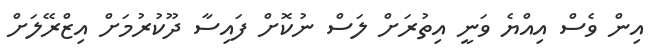
އިން ވެސް އިއްޔެ ވަނީ އިތުރަށް ލަސް ނުކޮށް ފައިސާ ދޫކުރުމަށް އިޒްރޭލަށް